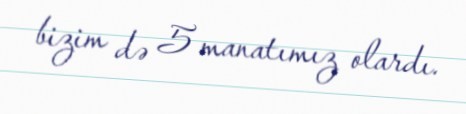
bizim də 5 manatımız olardı.